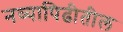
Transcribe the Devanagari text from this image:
नव्यापिढीतील